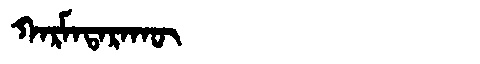
Manchu: ᡴᠠᡵᠮᠠᡨᠠᡵᠠᡴᡡ
Romanization: KARMATARAKŪ